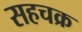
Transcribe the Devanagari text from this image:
सहचक्र